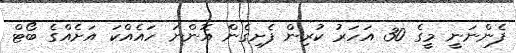
ފެންނަނީ މީގެ 30 އަހަރު ކުރިން ފެށިގެން އޮންނަ ހައެއްކަ އަށެއްގެ ބޯޓް